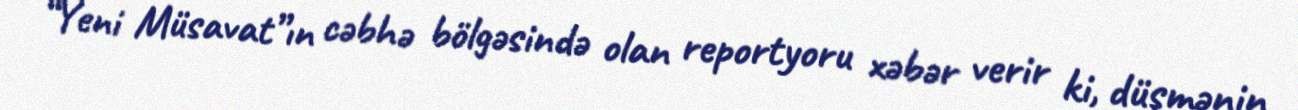
“Yeni Müsavat”ın cəbhə bölgəsində olan reportyoru xəbər verir ki, düşmənin